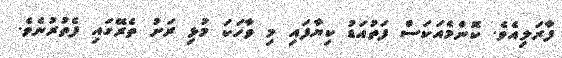
ފާރަލިއެވެ. ކޮންމެއަކަސް ފަތުއަޑު ކިޔާފައި މި ވާހަކަ މުޅި ރަށު ތެރޭގައި ފެތުރުނެވެ.